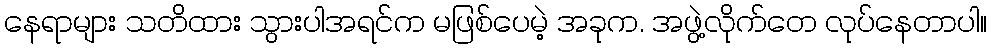
နေရာများ သတိထား သွားပါအရင်က မဖြစ်ပေမဲ့ အခုက. အဖွဲ့လိုက်တေ လုပ်နေတာပါ။